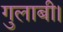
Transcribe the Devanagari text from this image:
गुलाबी।